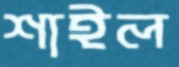
শাইল